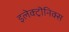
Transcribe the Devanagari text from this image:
इलेक्ट्रॊनिक्स